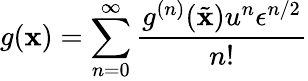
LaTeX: g(\mathbf{x})=\sum_{n=0}^{\infty}\frac{{g^{(n)}(\tilde{{\mathbf{x}}})u^{n}\epsilon^{n/2}}}{{n!}}